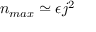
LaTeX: n _ { m a x } \simeq \epsilon j ^ { 2 }